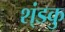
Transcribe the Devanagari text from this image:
श्ंडकु